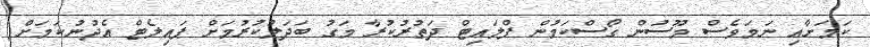
ކަމަށާއި ނަމަވެސް މޫސުން ގޯސްކަމުން ފްލައިޓް ދަތުރުކުރާ މަގު ބަދަލުކުރުމަށް ޕައިލެޓް އެދުނުކަމަށް